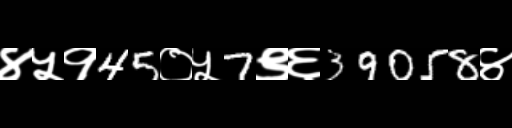
Text: ४५१45०५7९६39058४